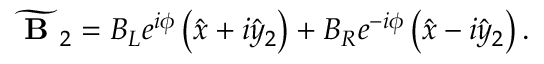
\begin{array} { r } { \widetilde { \textbf { B } } _ { 2 } = B _ { L } e ^ { i \phi } \left( \hat { x } + i \hat { y } _ { 2 } \right) + B _ { R } e ^ { - i \phi } \left( \hat { x } - i \hat { y } _ { 2 } \right) . } \end{array}